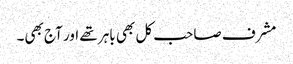
مشرف صاحب کل بھی باہر تھے اور آج بھی۔